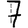
Digit: 7